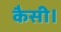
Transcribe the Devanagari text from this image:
कैसी।